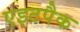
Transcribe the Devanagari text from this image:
एइटपैक